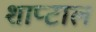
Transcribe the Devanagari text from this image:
शाप्टाल